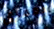
بعمري